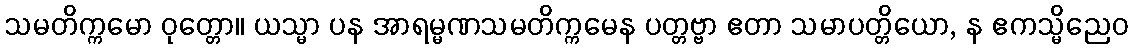
သမတိက္ကမော ဝုတ္တော။ ယသ္မာ ပန အာရမ္မဏသမတိက္ကမေန ပတ္တဗ္ဗာ ဧတာ သမာပတ္တိယော, န ဧကသ္မိညေဝ